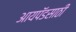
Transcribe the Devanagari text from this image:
आयपॅडसाठी